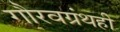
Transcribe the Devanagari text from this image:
गौरवग्रंथही